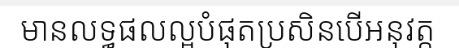
មានលទ្ធផលល្អបំផុតប្រសិនបើអនុវត្ត